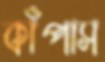
কাঁপাস